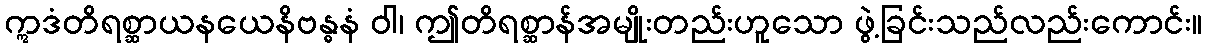
ဣဒံတိရစ္ဆာယနယေနိဗန္ဓနံ ဝါ၊ ဤတိရစ္ဆာန်အမျိုးတည်းဟူသော ဖွဲ့ခြင်းသည်လည်းကောင်း။